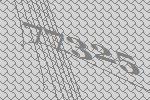
77325